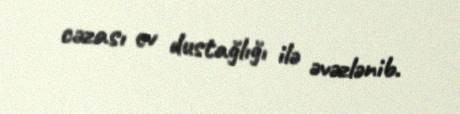
cəzası ev dustağlığı ilə əvəzlənib.